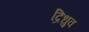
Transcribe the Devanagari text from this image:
द्रिधुव